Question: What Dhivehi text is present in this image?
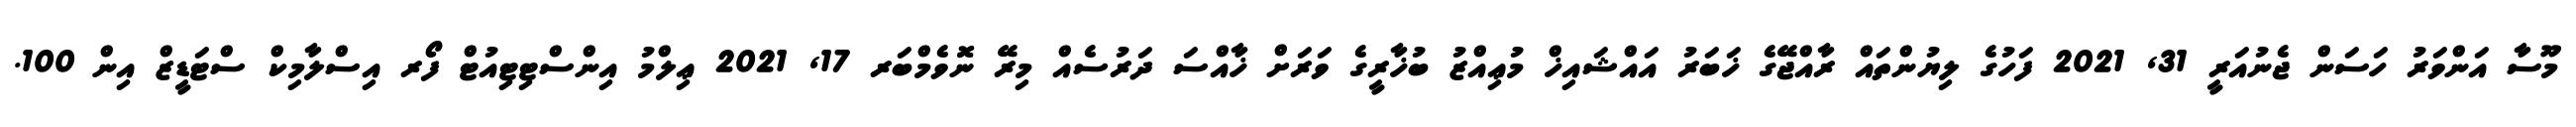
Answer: މޫސާ އަންވަރު ހަސަން ޖެނުއަރީ 31, 2021 ފަހުގެ ލިޔުންތައް ރާއްޖޭގެ ޚަބަރު އައްޝައިޚް މުޢިއްޒު ބުޚާރީގެ ވަރަށް ޚާއްސަ ދަރުސެއް މިރޭ ނޮވެމްބަރ 17, 2021 ޢިލްމު އިންސްޓިޓިއުޓް ފޯރ އިސްލާމިކް ސްޓަޑީޒް އިން 100.